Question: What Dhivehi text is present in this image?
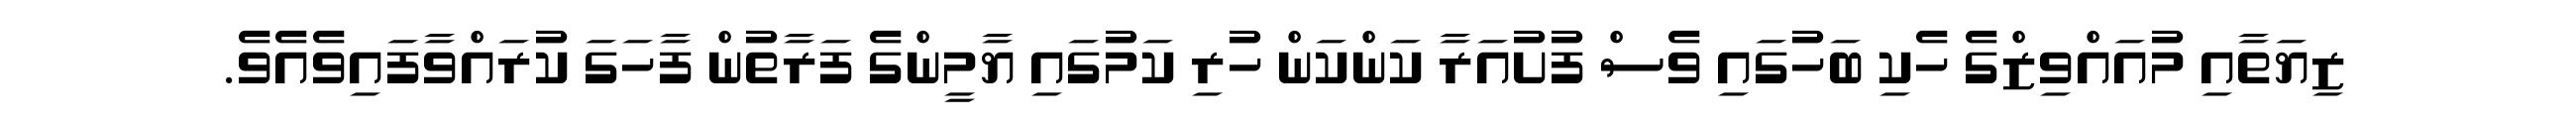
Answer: ޒިޔަތާއި މުއައްވިޒްގެ ހެކި ބަހުގައި ވެސް ފުށުއަރާ ކަންކަން ހުރި ކަމުގައި ޔާމީންގެ ފަރާތުން ފާހަގަ ކުރައްވާފައިވެއެވެ.